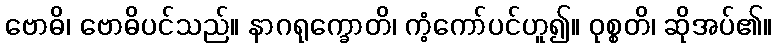
ဗောဓိ၊ ဗောဓိပင်သည်။ နာဂရုက္ခောတိ၊ ကံ့ကော်ပင်ဟူ၍။ ဝုစ္စတိ၊ ဆိုအပ်၏။